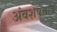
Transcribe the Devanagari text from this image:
अंवशेषमात्र